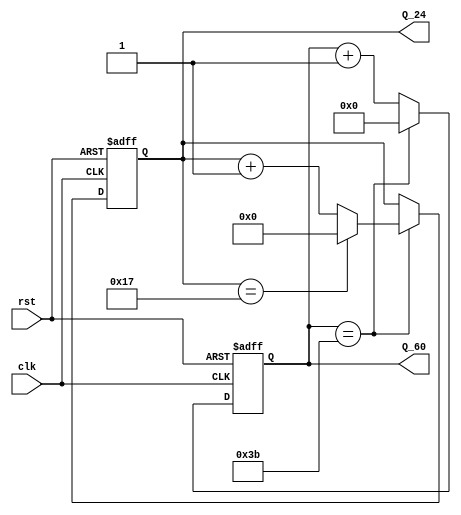
module HW9_counter(Q_60, Q_24, clk, rst);
	input clk, rst;
	output reg [5:0] Q_60;
	output reg [4:0] Q_24;
	
	always @(posedge clk or negedge rst)
	begin
		if(!rst) begin
			Q_60 <= 0; Q_24 <= 0;
		  		   end
		else begin
			  if(Q_60 == 59) begin
				  Q_60 <= 0;
				  if(Q_24 == 23)
					  Q_24 <= 0; 
				  else Q_24 <= Q_24 + 1; 
								  end
			  else Q_60 <= Q_60 + 1;
			  end
	end
endmodule